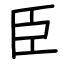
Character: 臣